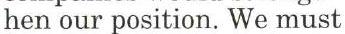
hen our position. We must